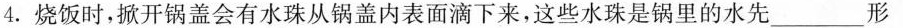
4.烧饭时，掀开锅盖会有水珠从锅盖内表面滴下来，这些水珠是锅里的水先——————形